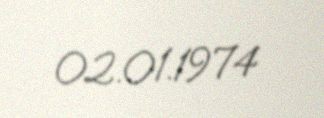
02.01.1974